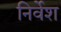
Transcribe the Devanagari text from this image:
निर्वेश